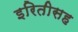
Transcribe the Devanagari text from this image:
इरितीसह